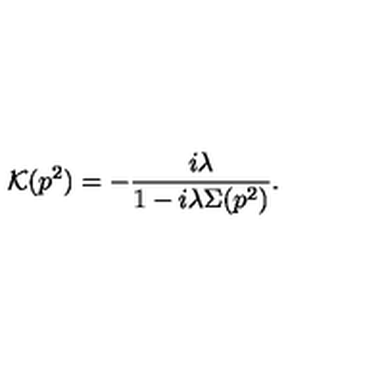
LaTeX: { \cal K } ( p ^ { 2 } ) = - \frac { i \lambda } { 1 - i \lambda \Sigma ( p ^ { 2 } ) } .